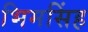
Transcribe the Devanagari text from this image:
भिमसिंह